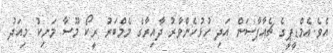
އެވެ.އެމްޑީޕީގެ ޗެއާޕާސަން އަދި ހުޅުހެންވާރު ދާއިރާގެ މެމްބަރު ރީކޯ މޫސާ މަނިކު މިއަދު